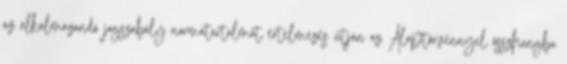
az alkalmazandó jogszabály normatartalmát értelmezés útján az Alaptörvénnyel összhangba